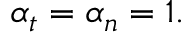
\alpha _ { t } = \alpha _ { n } = 1 .